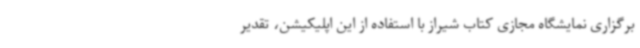
برگزاری نمایشگاه مجازی کتاب شیراز با استفاده از این اپلیکیشن، تقدیر